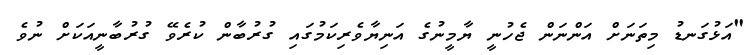
"އަޅުގަނޑު މިތަނަށް އަންނަން ޖެހުނީ ޔާމީނުގެ އަނިޔާވެރިކަމުގައި ގުރުބާން ކުރެވޭ ގުރުބާނީއަކަށް ނުވެ